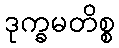
ဒုက္ခမတိစ္စ